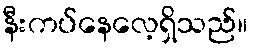
နီးကပ်နေလေ့ရှိသည်။